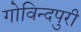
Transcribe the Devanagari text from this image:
गोविन्दपुरी